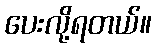
ပေးလို့ရတယ်။